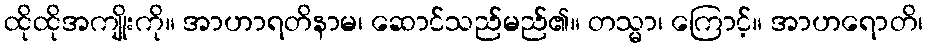
ထိုထိုအကျိုးကို။ အာဟာရတိနာမ၊ ဆောင်သည်မည်၏။ တသ္မာ၊ ကြောင့်။ အာဟရောတိ၊